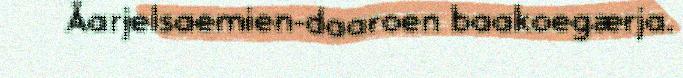
Åarjelsaemien-daaroen baakoegærja.